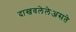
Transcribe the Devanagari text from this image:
दाखवलेलेअसते